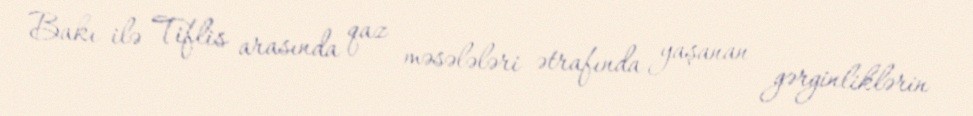
Bakı ilə Tiflis arasında qaz məsələləri ətrafında yaşanan gərginliklərin